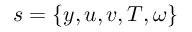
s = \{ y , u , v , T , \omega \}